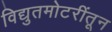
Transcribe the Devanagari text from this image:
विद्युतमोटरींतून